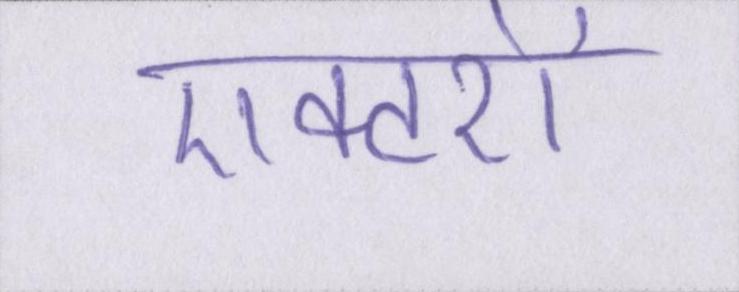
एक्टरों